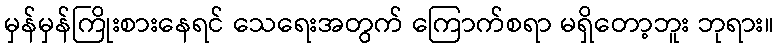
မှန်မှန်ကြိုးစားနေရင် သေရေးအတွက် ကြောက်စရာ မရှိတော့ဘူး ဘုရား။